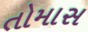
તોમાસ